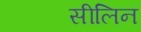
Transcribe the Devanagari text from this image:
सीलिन